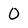
Character: 0